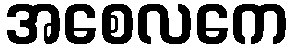
အစေလကေ